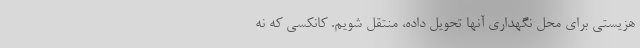
هزیستی برای محل نگهداری آنها تحویل داده، منتقل شویم. کانکسی که نه